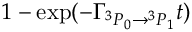
1 - \exp ( - \Gamma _ { { } ^ { 3 } P _ { 0 } \rightarrow { } ^ { 3 } P _ { 1 } } t )